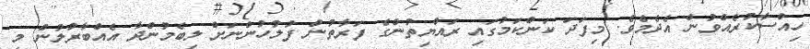
ހިއްސާކުރެއްވުން އެދެމެވެ. މިފަދަ ކަންކަމުގައި ރައްޔިތުންގެ ފަރާތުން ފުލުހުންނަށް ލިބެމުންދާ އެއްބާރުލުން މި